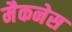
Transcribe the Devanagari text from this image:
मैकनेस